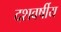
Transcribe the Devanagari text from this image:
दशवर्षीय